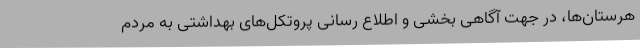
هرستان‌ها، در جهت آگاهی بخشی و اطلاع رسانی پروتکل‌های بهداشتی به مردم